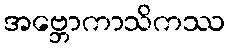
အဗ္ဘောကာသိကဿ